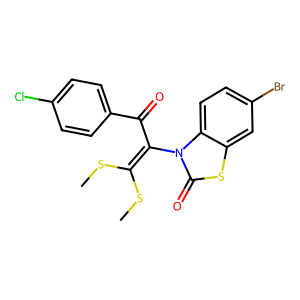
SMILES: CSC(SC)=C(C(=O)c1ccc(Cl)cc1)n1c(=O)sc2cc(Br)ccc21
Inhibits HIV replication: No